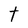
Character: t